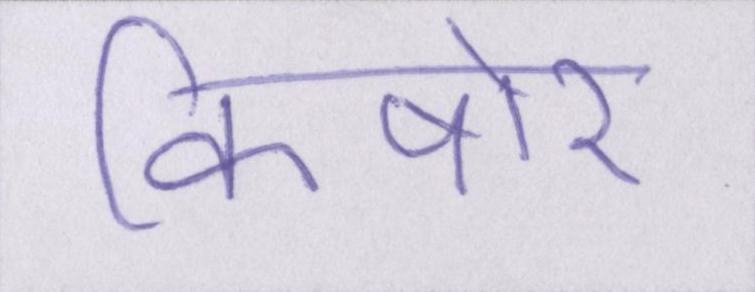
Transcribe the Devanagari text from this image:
किषोर